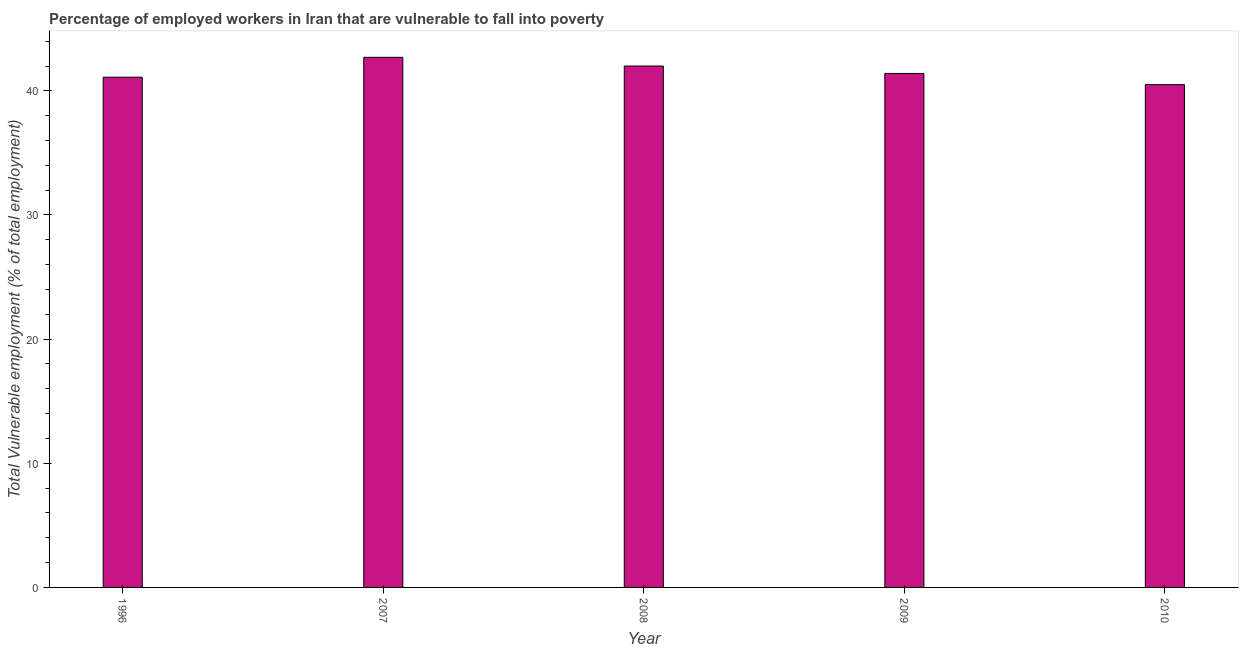
| Year | Vulnerable employment |
 | --- | --- |
 | 1996 | 41.1 |
 | 2007 | 42.7 |
 | 2008 | 42 |
 | 2009 | 41.4 |
 | 2010 | 40.5 |